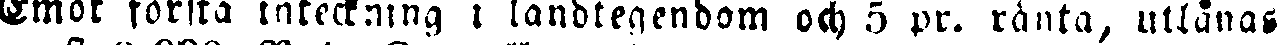
Emot första inteckning i landtegendom och 5 pr. ränta, utlånas